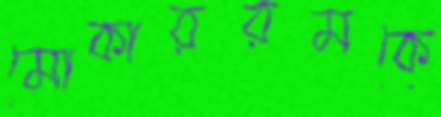
মোকাররমকে